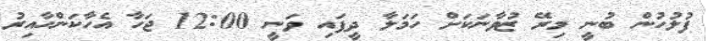
ފުލުހުން ބުނީ މިރޭ ޒުވާނަކަށް ހަމަލާ ދީފައި ވަނީ 12:00 ޖަހާ އެހާކަންހާއިރު